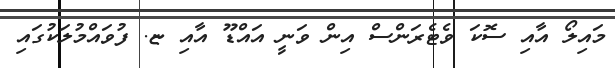
މައިލޯ އާއި ސޮކަ ވެޓެރަންސް އިން ވަނީ އައްޑޫ އާއި ޏ. ފުވައްމުލަކުގައި